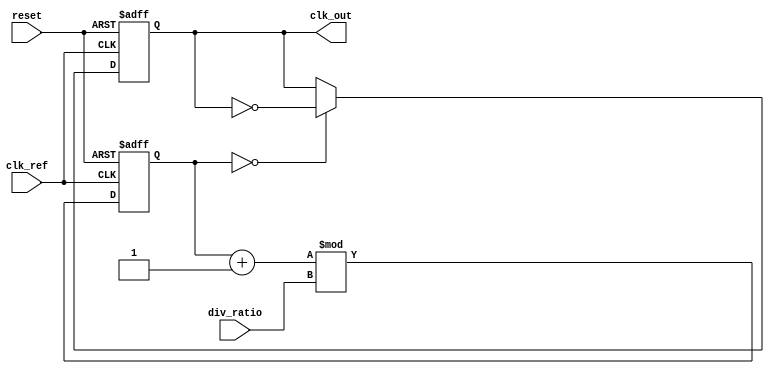
module PLL (
    input wire clk_ref,          // Reference clock input
    input wire reset,            // Asynchronous reset
    input wire [3:0] div_ratio,  // Division ratio for feedback divider
    output reg clk_out           // Output clock
);

    // Parameters
    parameter VCO_MAX_FREQ = 100; // Maximum VCO frequency (arbitrary units)
    parameter VCO_MIN_FREQ = 10;   // Minimum VCO frequency (arbitrary units)
    parameter LPF_GAIN = 1;         // Gain for the low pass filter

    // Internal signals
    reg [31:0] phase_error;        // Phase error signal
    reg [31:0] control_voltage;     // Control voltage for VCO
    reg [31:0] vco_freq;            // VCO frequency
    reg [31:0] feedback_clk;        // Feedback clock signal
    reg [31:0] phase_accumulator;   // Phase accumulator for advanced configurations

    // Phase Detector (PD)
    always @(posedge clk_ref or posedge reset) begin
        if (reset) begin
            phase_error <= 0;
        end else begin
            // Simple phase comparison logic (for illustration)
            phase_error <= feedback_clk - clk_ref; // Phase difference
        end
    end

    // Low Pass Filter (LPF)
    always @(posedge clk_ref or posedge reset) begin
        if (reset) begin
            control_voltage <= 0;
        end else begin
            control_voltage <= control_voltage + (LPF_GAIN * phase_error); // Simple LPF
        end
    end

    // Voltage-Controlled Oscillator (VCO)
    always @(posedge clk_ref or posedge reset) begin
        if (reset) begin
            vco_freq <= VCO_MIN_FREQ; // Start at minimum frequency
        end else begin
            // Adjust VCO frequency based on control voltage
            if (control_voltage > 0) begin
                vco_freq <= VCO_MIN_FREQ + (control_voltage % (VCO_MAX_FREQ - VCO_MIN_FREQ));
            end else begin
                vco_freq <= VCO_MIN_FREQ; // Maintain minimum frequency if control voltage is low
            end
        end
    end

    // Frequency Divider (Feedback Divider)
    always @(posedge clk_ref or posedge reset) begin
        if (reset) begin
            feedback_clk <= 0;
        end else begin
            feedback_clk <= (feedback_clk + 1) % div_ratio; // Simple counter for division
        end
    end

    // Output Buffer (Driving the output clock)
    always @(posedge clk_ref or posedge reset) begin
        if (reset) begin
            clk_out <= 0;
        end else begin
            // Generate output clock based on VCO frequency
            if (feedback_clk == 0) begin
                clk_out <= ~clk_out; // Toggle output clock
            end
        end
    end

endmodule